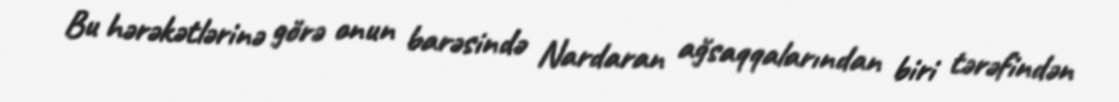
Bu hərəkətlərinə görə onun barəsində Nardaran ağsaqqalarından biri tərəfindən